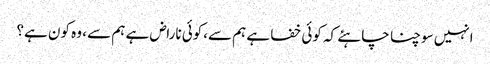
انہیں سوچنا چاہئے کہ کوئی خفا ہے ہم سے،کوئی ناراض ہے ہم سے ، وہ کون ہے؟